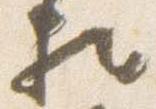
相